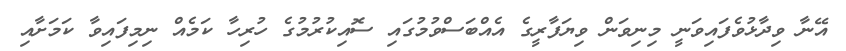
އޭނާ ވިދާޅުވެފައިވަނީ މިނިވަން ވިޔަފާރީގެ އެއްބަސްވުމުގައި ސޮއިކުރުމުގެ ހުރިހާ ކަމެއް ނިމިފައިވާ ކަމަށާއި